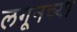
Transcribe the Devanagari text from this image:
लगूनच्या